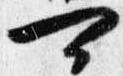
可